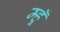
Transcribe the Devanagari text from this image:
म्हूँ